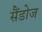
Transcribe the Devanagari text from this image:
सैंडोज